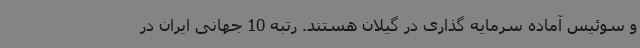
و سوئیس آماده سرمایه گذاری در گیلان هستند. رتبه 10 جهانی ایران در